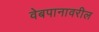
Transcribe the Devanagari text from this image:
वेबपानावरील